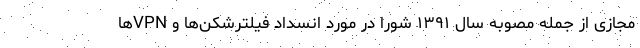
مجازی از جمله مصوبه سال ۱۳۹۱ شورا در مورد انسداد فیلترشکن‌ها و VPN‌ها